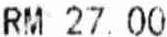
RM 27.00